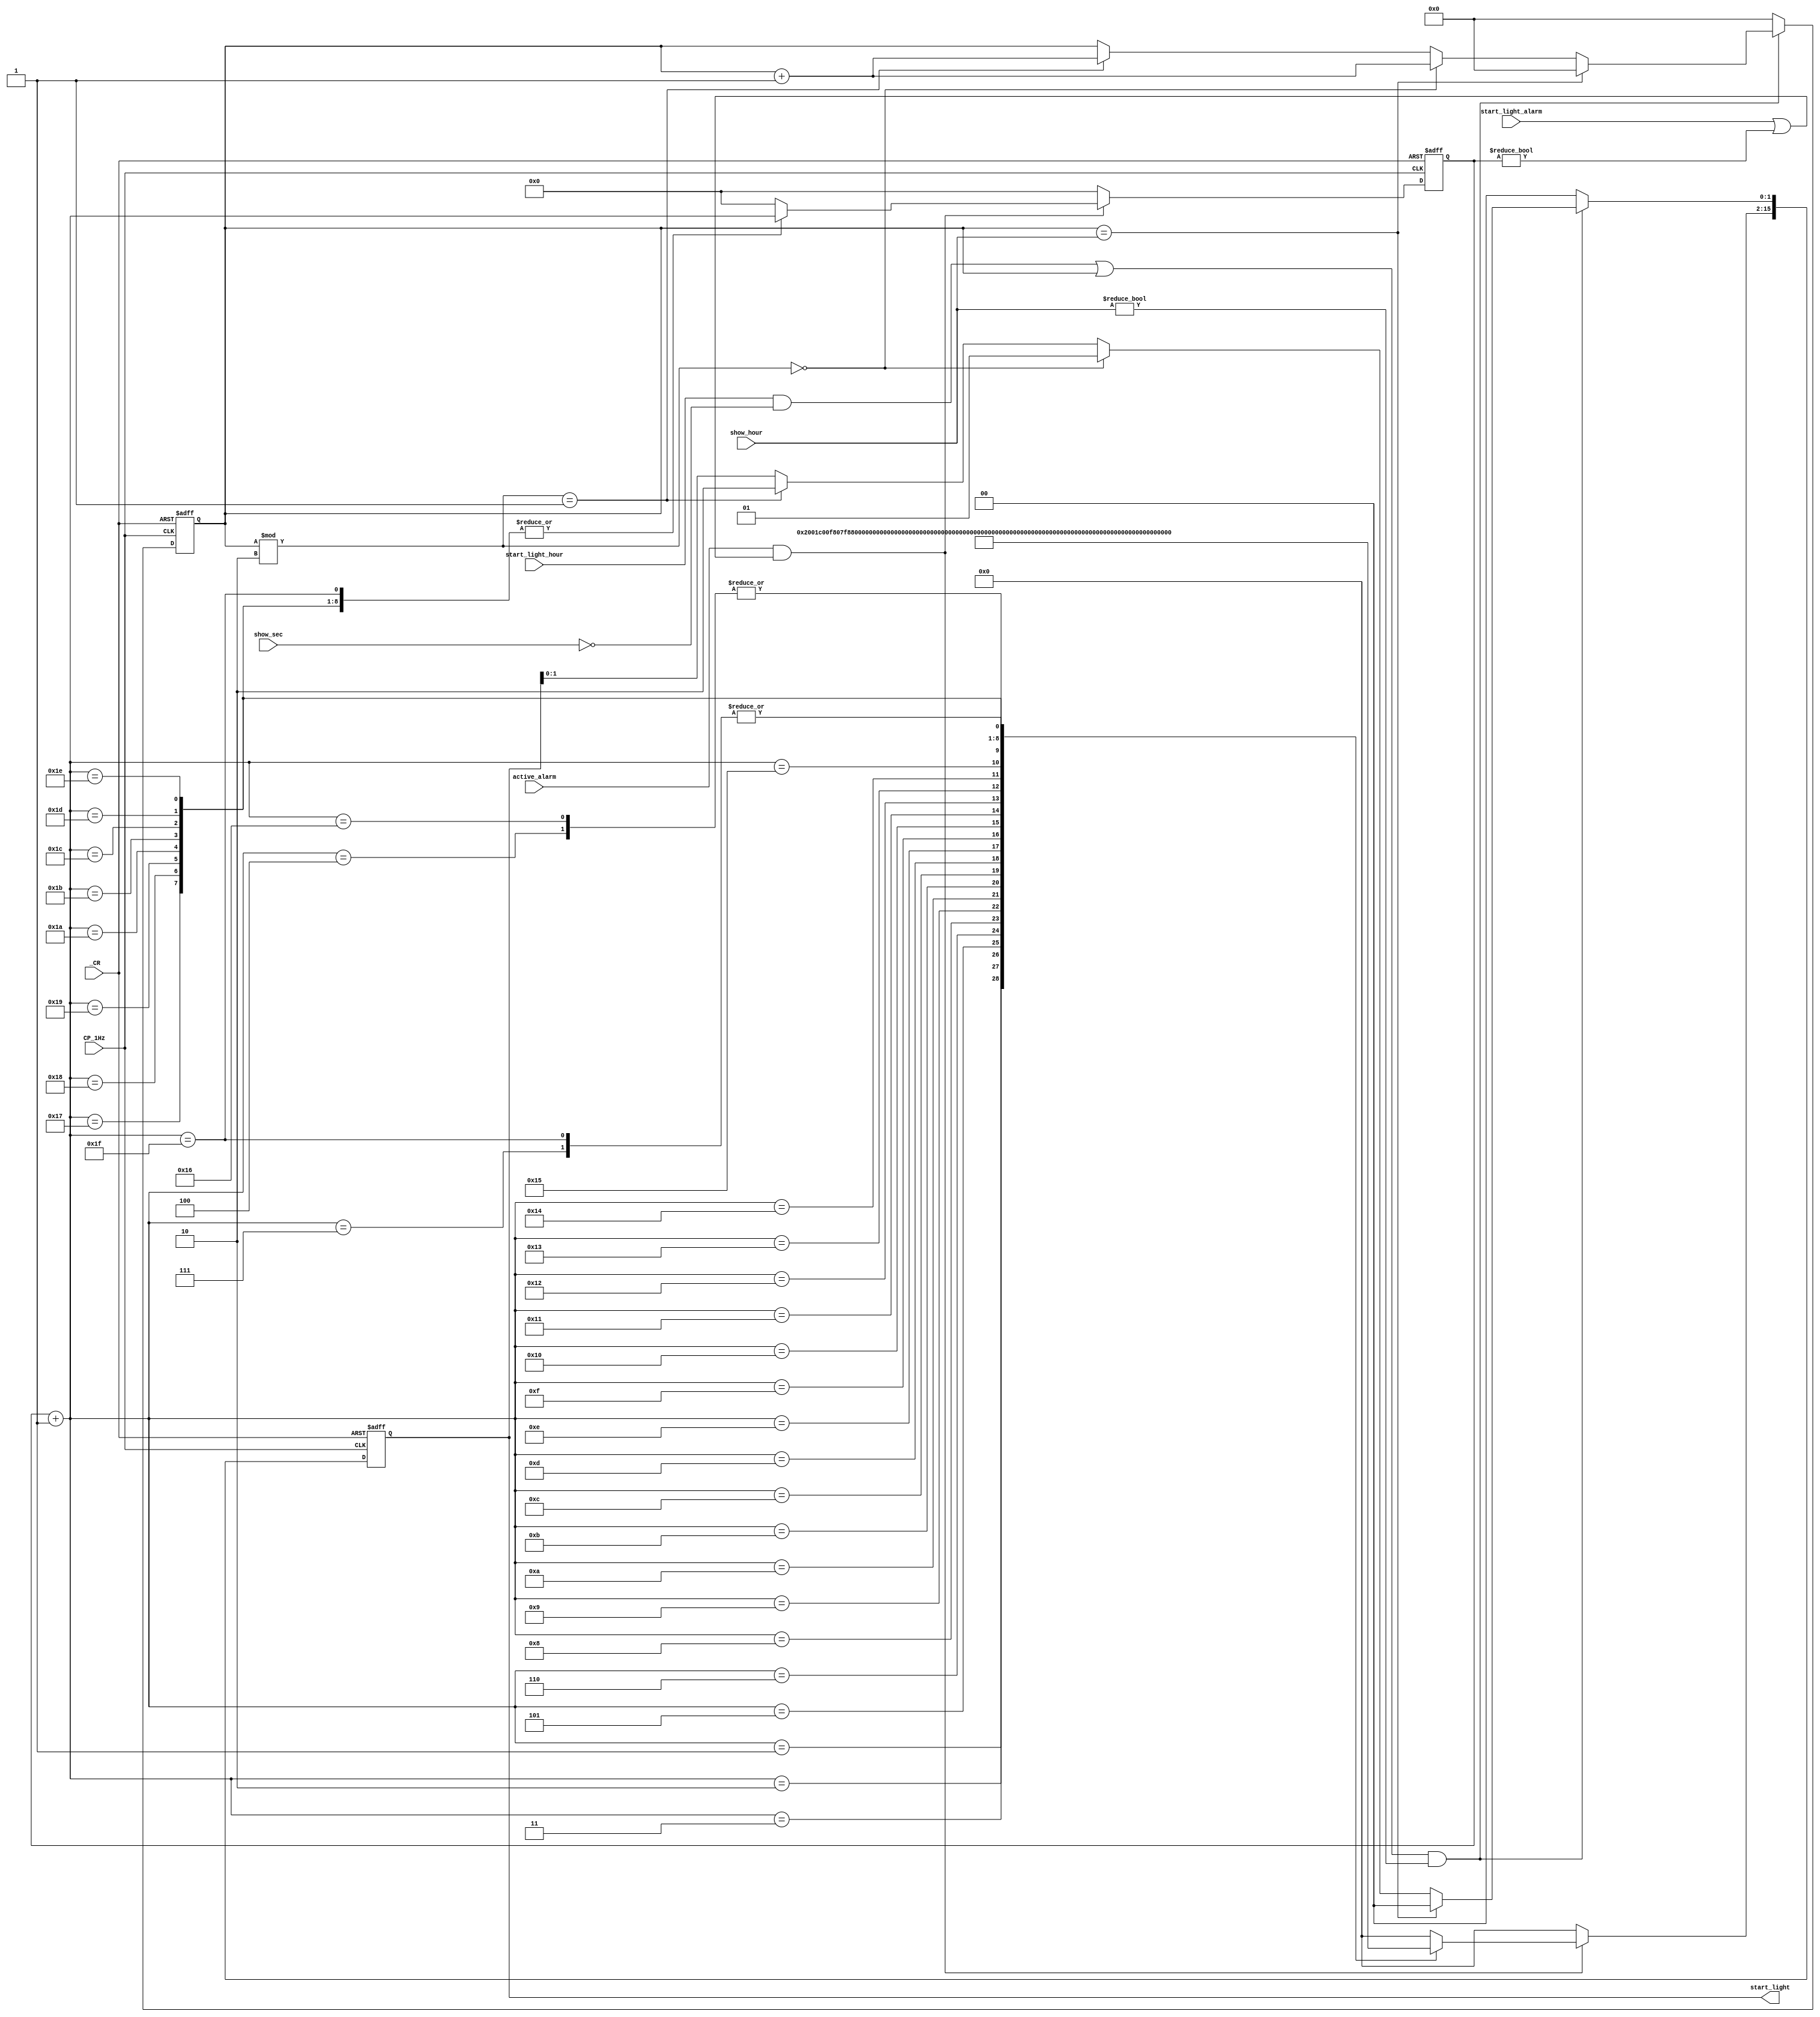
module reminder(
    input _CR,
    input CP_1Hz,
    input start_light_hour,
    input start_light_alarm,
    input [7:0] show_sec,
    input[7:0] show_hour,
    input active_alarm,
    output reg [15:0] start_light   //[15:2] alarm [1:0] clock
);
    reg[7:0] clock_cnt;
    reg[4:0] alarm_cnt;
    always @(posedge CP_1Hz, negedge _CR) begin
        if(~_CR) begin
            start_light = 0;    
            clock_cnt = 0;
            alarm_cnt = 0;
        end
        else begin
            if(((start_light_hour && show_sec == 0) | clock_cnt) && (show_hour != 0))begin
                if(clock_cnt == show_hour) begin clock_cnt = 0; start_light[1:0] = 0; end
                else if(clock_cnt % 2 == 0)begin start_light[1:0] = 2'b01; clock_cnt = clock_cnt + 1; end
                else if(clock_cnt % 2 == 1)begin start_light[1:0] = 2'b10; clock_cnt = clock_cnt + 1; end
            end
            else begin clock_cnt = 0; start_light[1:0] = 0; end

            if(active_alarm & (start_light_alarm || (alarm_cnt != 0))) begin
                    alarm_cnt = alarm_cnt + 1;
                case (alarm_cnt)
                    5'd1: start_light[15:2] = 16'b10000000000001;
                    5'd2: start_light[15:2] = 16'b11000000000011;
                    5'd3: start_light[15:2] = 16'b11100000000111;
                    5'd4: start_light[15:2] = 16'b11110000001111;
                    5'd5: start_light[15:2] = 16'b11111000011111;
                    5'd6: start_light[15:2] = 16'b11111100111111;
                    5'd7: start_light[15:2] = 16'b11111111111111;
                    5'd8: start_light[15:2] = 16'b10111111111101;
                    5'd9: start_light[15:2] = 16'b10011111111001;
                    5'd10: start_light[15:2] =16'b10001111110001; 
                    5'd11: start_light[15:2] = 16'b10001111000001;
                    5'd12: start_light[15:2] = 16'b10000110000001;
                    5'd13: start_light[15:2] = 16'b11001100110011;
                    5'd14: start_light[15:2] = 16'b00110011001100;
                    5'd15: start_light[15:2] = 16'b01010101010101;
                    5'd16: start_light[15:2] = 16'b10101010101010;
                    5'd17: start_light[15:2] = 16'b00000011111100;
                    5'd18: start_light[15:2] = 16'b11111100000011;
                    5'd19: start_light[15:2] = 16'b10101001111101;
                    5'd20: start_light[15:2] = 16'b01010110000010;
                    5'd21: start_light[15:2] = 16'b00001111110000;
                    5'd22: start_light[15:2] = 16'b11110000001111;
                    5'd23: start_light[15:2] = 16'b11000011100001;
                    5'd24: start_light[15:2] = 16'b01100110011000;
                    5'd25: start_light[15:2] = 16'b10011001100111;
                    5'd26: start_light[15:2] = 16'b00011110000011;
                    5'd27: start_light[15:2] = 16'b11100001111100;
                    5'd28: start_light[15:2] = 16'b01010111101010;
                    5'd29: start_light[15:2] = 16'b10101000010101;
                    5'd30: start_light[15:2] = 16'b01111100000111;
                    5'd31: start_light[15:2] = 16'b11111111111111;
                    default: begin start_light[15:2] = 0; alarm_cnt = 0; end
                endcase
            end
            else begin
                alarm_cnt = 0;
                start_light[15:2] = 0;
            end 

        end

    end
endmodule